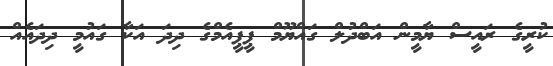
ކުރީގެ ރައީސް ޔާމީން އަބްދުލް ގައްޔޫމް ޕީޕީއެމްގެ ދިދަ އަކާ ގައުމީ ދިދައެއް